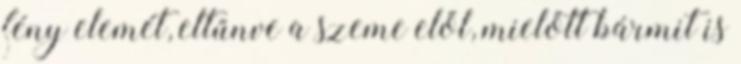
fény elemét, eltűnve a szeme elől, mielőtt bármit is